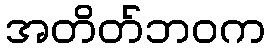
အတိတ်ဘဝက